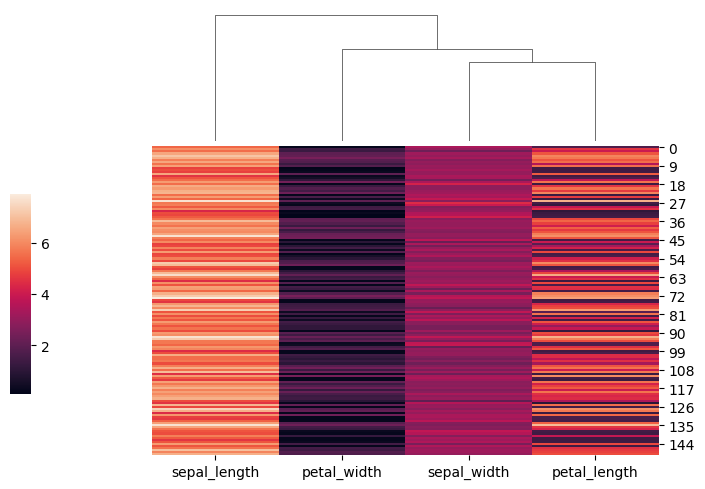
python, seaborn, clustermap, figsize=(7, 5), row_cluster=False, dendrogram_ratio=(0.2, 0.3), cbar_pos=(0, 0.2, 0.03, 0.4)